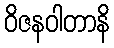
ဝိဇနဝါတာနိ